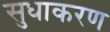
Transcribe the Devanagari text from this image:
सुधाकरण